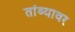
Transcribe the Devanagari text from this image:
तांब्यावर